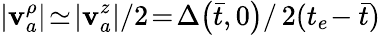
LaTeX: |\mathbf{v}_{a}^{\rho}|\! \simeq\! |\mathbf{v}_{a}^{z}|/2\! =\! \Delta\! \left(\bar{{t}},0\right)/\, 2(t_{e}\! -\bar{{t}})